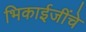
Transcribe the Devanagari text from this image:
भिकाईजींचे